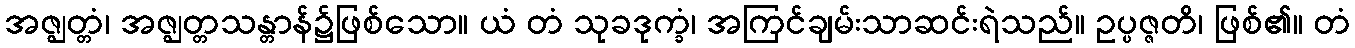
အဇ္ဈတ္တံ၊ အဇ္ဈတ္တသန္တာန်၌ဖြစ်သော။ ယံ တံ သုခဒုက္ခံ၊ အကြင်ချမ်းသာဆင်းရဲသည်။ ဥပ္ပဇ္ဇတိ၊ ဖြစ်၏။ တံ